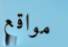
مواقع